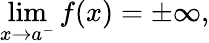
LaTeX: \operatorname*{lim}_{x\to a^{-}}f(x)=\pm\infty,